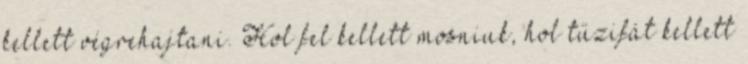
kellett végrehajtani. Hol fel kellett mosniuk, hol tűzifát kellett